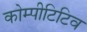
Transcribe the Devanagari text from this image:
कोम्पीटिटिव